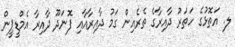
ލ. އަތޮޅުގެ ހަތަރު ދާއިރާގެ ތެރެއިން ގަމު ދާއިރާއާއި ފޮނަދޫ ދާއިރާ އެމްޑީޕީން